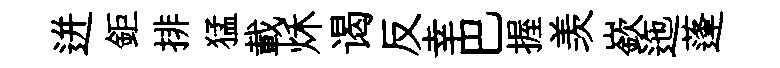
迸鉅排猛載秌谒反幸巴握羡嶔迤蓬